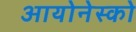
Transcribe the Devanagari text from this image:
आयोनेस्को